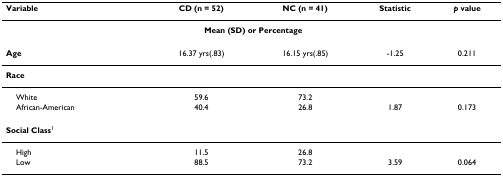
| Variable | CD (n = 52) | NC (n = 41) | Statistic | p value |
 | --- | --- | --- | --- | --- |
 |  | <COLSPAN=2> Mean (SD) or Percentage |  |  |
 | Age | 16.37 yrs(.83) | 16.15 yrs(.85) | -1.25 | 0.211 |
 | Race |  |  |  |  |
 | White | 59.6 | 73.2 |  |  |
 | African-American | 40.4 | 26.8 | 1.87 | 0.173 |
 | Social Class1 |  |  |  |  |
 | High | 11.5 | 26.8 |  |  |
 | Low | 88.5 | 73.2 | 3.59 | 0.064 |